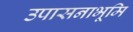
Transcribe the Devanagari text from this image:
उपासनाभूमि